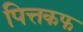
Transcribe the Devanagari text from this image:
पित्तकफ